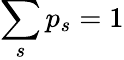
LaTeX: \sum_{s}p_{s}=1